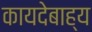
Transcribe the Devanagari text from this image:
कायदेबाह्य